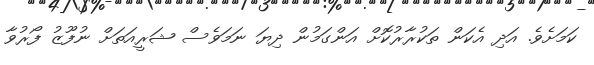
ކަމަށެވެ. އަދި އެކަން ތަކުރާރުކޮށް އަންގަމުން ދިޔަ ނަމަވެސް ޝަރީއަތަށް ނުފޫޒު ފޯރުވާ